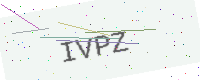
Text: IVPZ